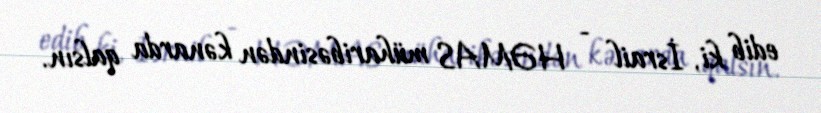
edib ki, İsrail - HƏMAS müharibəsindən kənarda qalsın.